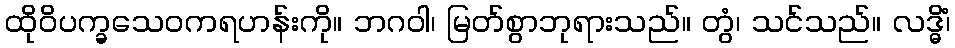
ထိုဝိပက္ခသေဝကရဟန်းကို။ ဘဂဝါ၊ မြတ်စွာဘုရားသည်။ တွံ၊ သင်သည်။ လဒ္ဓိံ၊